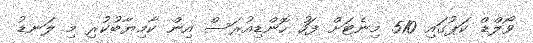
ވޯލްޑް ކަޕުގައި 510 މިނެޓަށް ފަހު ހޮންޑިއުރަސް އިން ކާމިޔާބުކުރި މި ލަނޑު